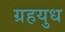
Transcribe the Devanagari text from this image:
ग्रहयुध